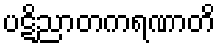
ပဋိညာတကရဏာတိ